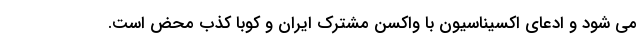
می شود و ادعای اکسیناسیون با واکسن مشترک ایران و کوبا کذب محض است.